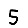
Digit: 5